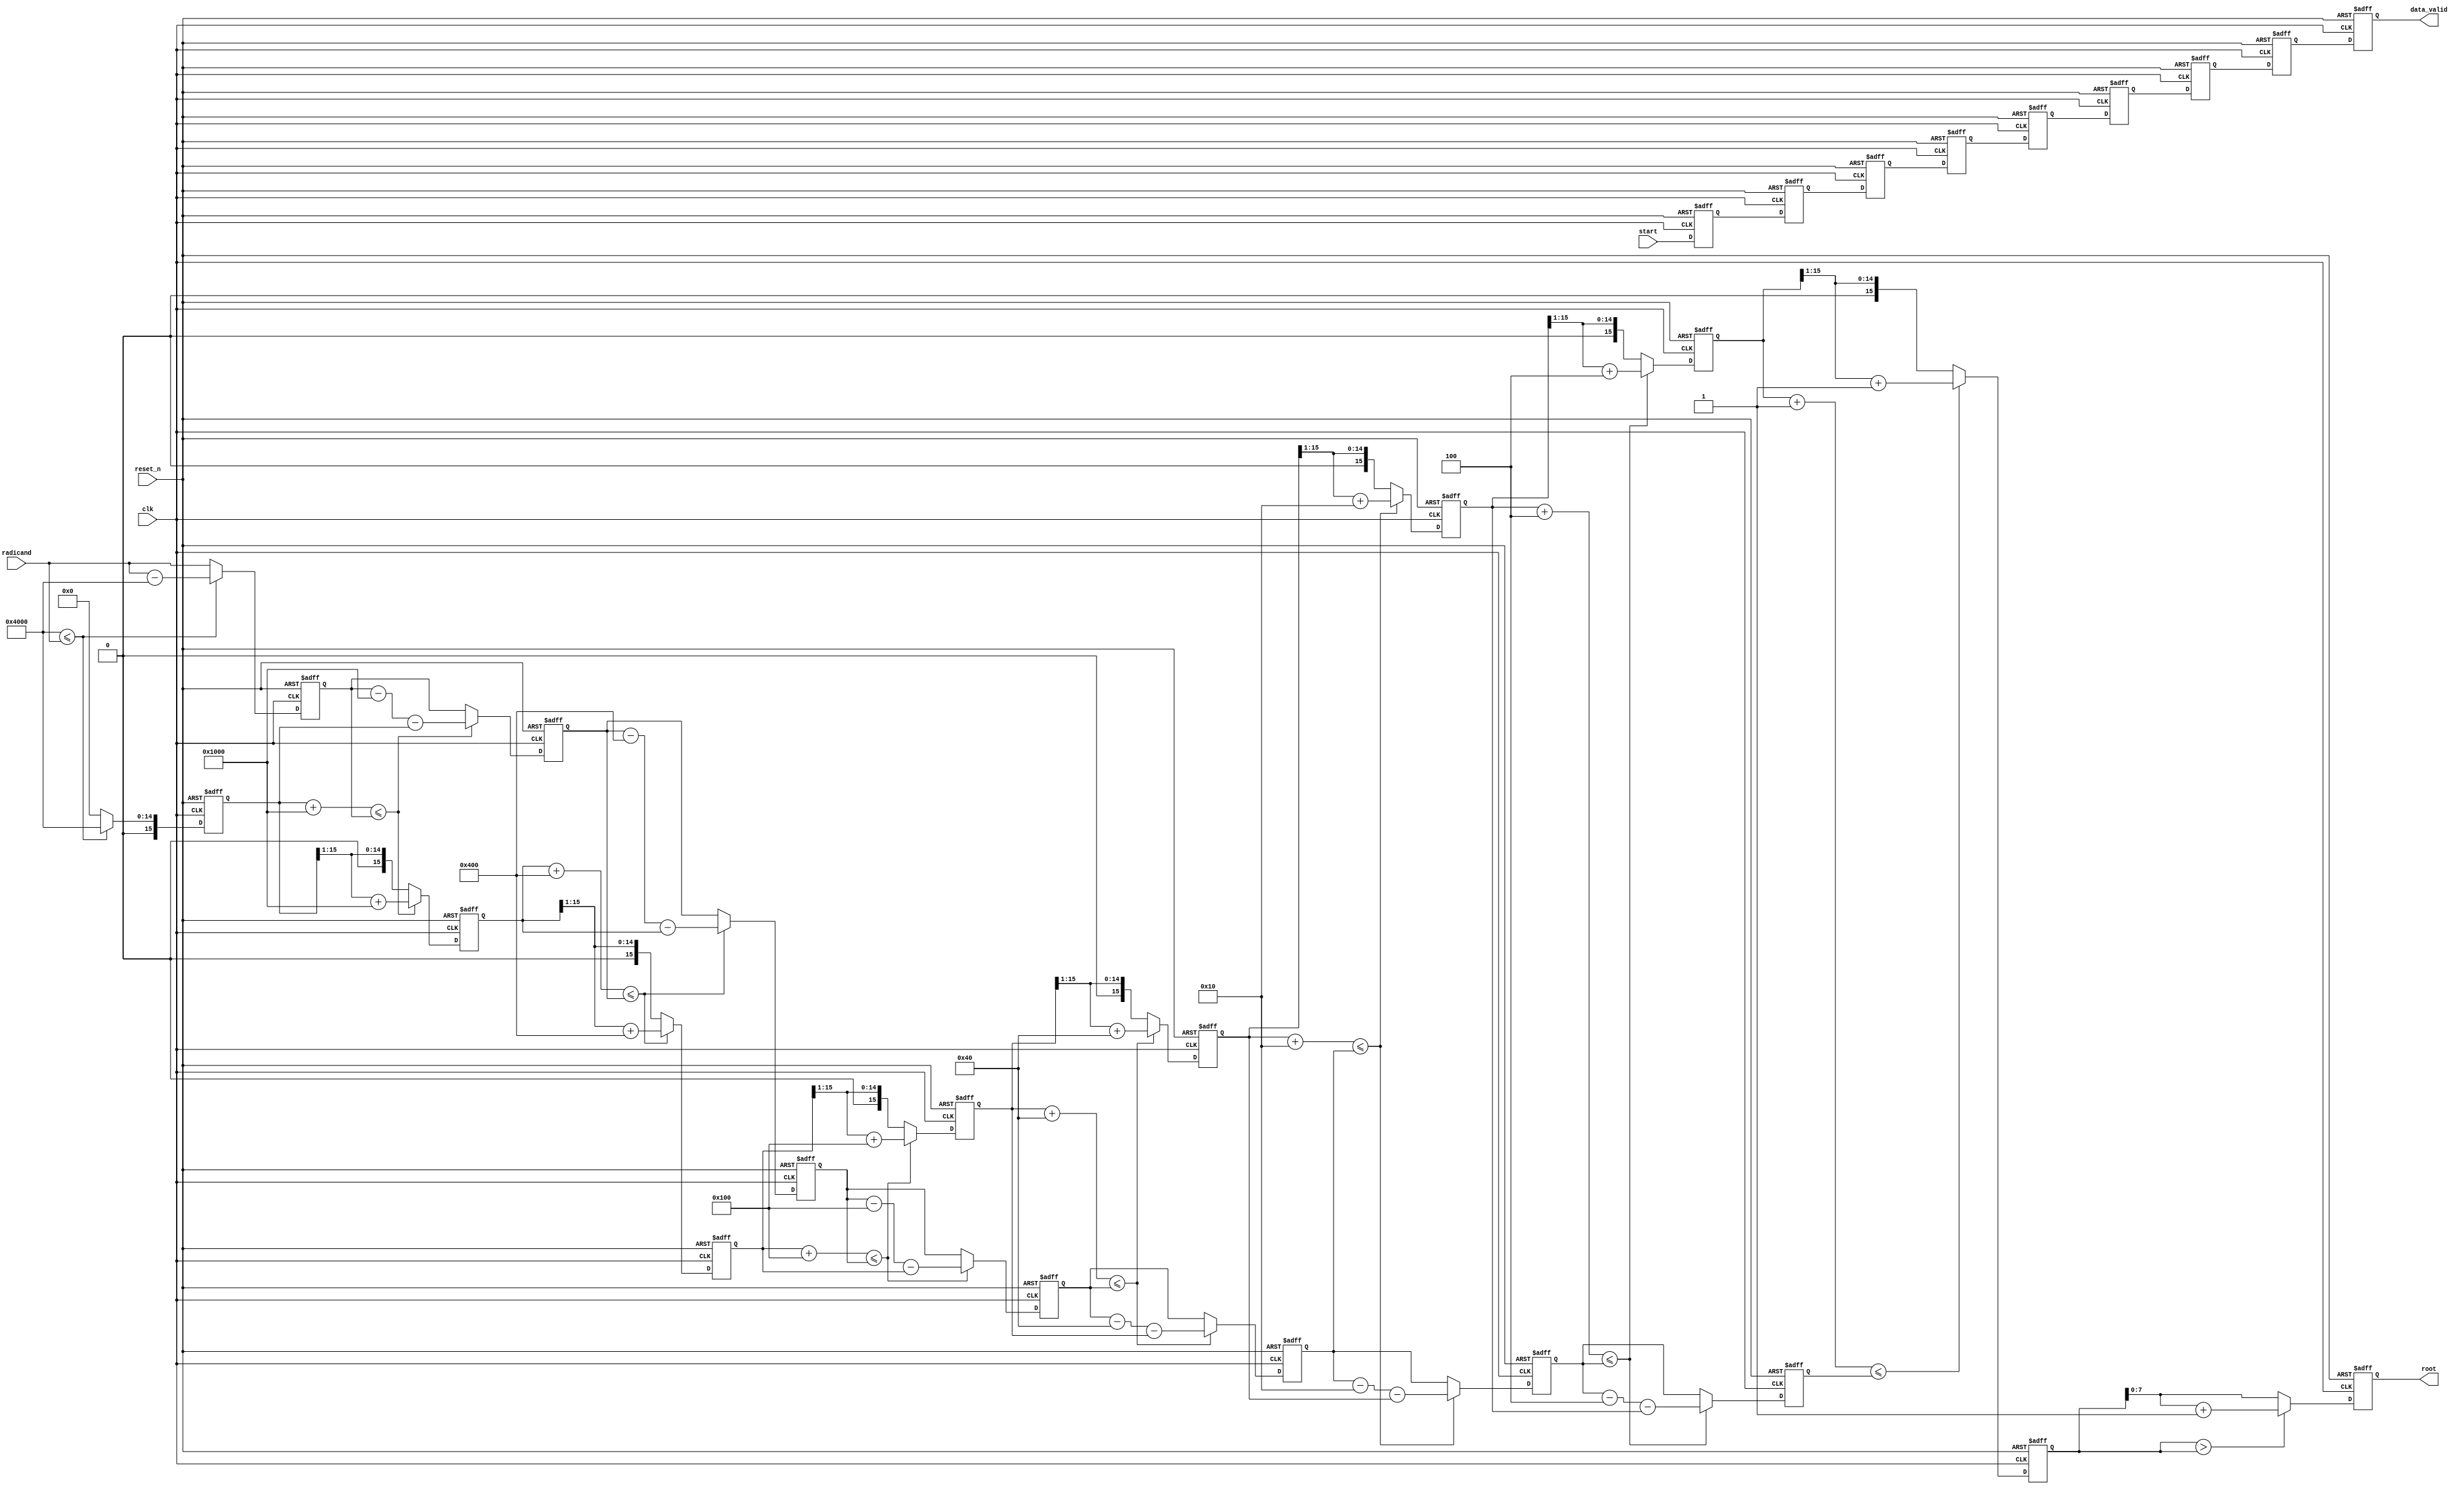
module sqrt_pipelined
  (
   input                        clk,        // clock
   input                        reset_n,    // asynchronous reset
   input                        start,      // optional start signal
   input [INPUT_BITS-1:0]       radicand,   // unsigned radicand
   output reg                   data_valid, // optional data valid signal
   output reg [OUTPUT_BITS-1:0] root        // unsigned root 
   );

  // WARNING!!! THESE PARAMETERS ARE INTENDED TO BE MODIFIED IN A TOP
  // LEVEL MODULE. LOCAL CHANGES HERE WILL, MOST LIKELY, BE
  // OVERWRITTEN!
  parameter
    INPUT_BITS   = 16; // number of input bits (any integer)
  localparam
    OUTPUT_BITS  = INPUT_BITS / 2 + INPUT_BITS % 2; // number of output bits
  
  reg [OUTPUT_BITS-1:0]         start_gen; // valid data propagation
  reg [OUTPUT_BITS*INPUT_BITS-1:0] root_gen; // root values
  reg [OUTPUT_BITS*INPUT_BITS-1:0] radicand_gen; // radicand values
  wire [OUTPUT_BITS*INPUT_BITS-1:0] mask_gen; // mask values

  // This is the first stage of the pipeline.
  always @ (posedge clk or negedge reset_n) begin
    if (!reset_n) begin
      start_gen[0]                 <= 0;
      radicand_gen[INPUT_BITS-1:0] <= 0;
      root_gen[INPUT_BITS-1:0]     <= 0;
    end
    else begin
      start_gen[0] <= start;
      if ( mask_gen[INPUT_BITS-1:0] <= radicand ) begin
        radicand_gen[INPUT_BITS-1:0] <= radicand - mask_gen[INPUT_BITS-1:0];
        root_gen[INPUT_BITS-1:0] <= mask_gen[INPUT_BITS-1:0];
      end
      else begin
        radicand_gen[INPUT_BITS-1:0] <= radicand;
        root_gen[INPUT_BITS-1:0] <= 0;
      end
    end
  end

  // Main generate loop to create the masks and pipeline stages.
  generate
    genvar i;
    // Generate all the mask values. These are built up in the
    // following fashion:
    // LAST MASK:  0x00...001 
    //             0x00...004  Increasing # OUTPUT_BITS
    //             0x00...010          |
    //             0x00...040          v
    //                 ...
    // FIRST MASK: 0x10...000  # masks == # OUTPUT_BITS
    // 
    // Note that the first mask used can either be of the 0x1... or
    // 0x4... variety. This is purely determined by the number of
    // computation stages. However, the last mask used will always be
    // 0x1 and the second to last mask used will always be 0x4.
    for (i = 0; i < OUTPUT_BITS; i = i + 1) begin: mask_4
      if (i % 2) // i is odd, this is a 4 mask
        assign mask_gen[INPUT_BITS*(OUTPUT_BITS-i)-1:INPUT_BITS*(OUTPUT_BITS-i-1)]  = 4 << 4 * (i/2);
      else // i is even, this is a 1 mask
        assign mask_gen[INPUT_BITS*(OUTPUT_BITS-i)-1:INPUT_BITS*(OUTPUT_BITS-i-1)]  = 1 << 4 * (i/2);
    end
    // Generate all the pipeline stages to compute the square root of
    // the input radicand stream. The general approach is to compare
    // the current values of the root plus the mask to the
    // radicand. If root/mask sum is greater than the radicand,
    // subtract the mask and the root from the radicand and store the
    // radicand for the next stage. Additionally, the root is
    // increased by the value of the mask and stored for the next
    // stage. If this test fails, then the radicand and the root
    // retain their value through to the next stage. The one weird
    // thing is that the mask indices appear to be incremented by one
    // additional position. This is not the case, however, because the
    // first mask is used in the first stage (always block after the
    // generate statement).
    for (i = 0; i < OUTPUT_BITS - 1; i = i + 1) begin: pipeline
      always @ (posedge clk or negedge reset_n) begin : pipeline_stage
        if (!reset_n) begin
          start_gen[i+1]                                    <= 0;
          radicand_gen[INPUT_BITS*(i+2)-1:INPUT_BITS*(i+1)] <= 0;
          root_gen[INPUT_BITS*(i+2)-1:INPUT_BITS*(i+1)]     <= 0;
        end
        else begin
          start_gen[i+1] <= start_gen[i];
          if ((root_gen[INPUT_BITS*(i+1)-1:INPUT_BITS*i] + 
               mask_gen[INPUT_BITS*(i+2)-1:INPUT_BITS*(i+1)]) <= radicand_gen[INPUT_BITS*(i+1)-1:INPUT_BITS*i]) begin
	    radicand_gen[INPUT_BITS*(i+2)-1:INPUT_BITS*(i+1)] <= radicand_gen[INPUT_BITS*(i+1)-1:INPUT_BITS*i] - 
                                                                 mask_gen[INPUT_BITS*(i+2)-1:INPUT_BITS*(i+1)] - 
                                                                 root_gen[INPUT_BITS*(i+1)-1:INPUT_BITS*i];
	    root_gen[INPUT_BITS*(i+2)-1:INPUT_BITS*(i+1)] <= (root_gen[INPUT_BITS*(i+1)-1:INPUT_BITS*i] >> 1) + 
                                                             mask_gen[INPUT_BITS*(i+2)-1:INPUT_BITS*(i+1)];
          end
          else begin
	    radicand_gen[INPUT_BITS*(i+2)-1:INPUT_BITS*(i+1)] <= radicand_gen[INPUT_BITS*(i+1)-1:INPUT_BITS*i];
	    root_gen[INPUT_BITS*(i+2)-1:INPUT_BITS*(i+1)]     <= root_gen[INPUT_BITS*(i+1)-1:INPUT_BITS*i] >> 1;
          end
        end
      end
    end
  endgenerate

  // This is the final stage which just implements a rounding
  // operation. This stage could be tacked on as a combinational logic
  // stage, but who cares about latency, anyway? This is NOT a true
  // rounding stage. In order to add convergent rounding, you need to
  // increase the input bit width by 2 (increase the number of
  // pipeline stages by 1) and implement rounding in the module that
  // instantiates this one. 
  always @ (posedge clk or negedge reset_n) begin
    if (!reset_n) begin
      data_valid <= 0;
      root       <= 0;
    end
    else begin
      data_valid <= start_gen[OUTPUT_BITS-1];
      if (root_gen[OUTPUT_BITS*INPUT_BITS-1:OUTPUT_BITS*INPUT_BITS-INPUT_BITS] > root_gen[OUTPUT_BITS*INPUT_BITS-1:OUTPUT_BITS*INPUT_BITS-INPUT_BITS])
        root <= root_gen[OUTPUT_BITS*INPUT_BITS-1:OUTPUT_BITS*INPUT_BITS-INPUT_BITS] + 1;
      else
        root  <= root_gen[OUTPUT_BITS*INPUT_BITS-1:OUTPUT_BITS*INPUT_BITS-INPUT_BITS];
    end
  end

endmodule